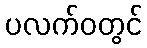
ပလက်ဝတွင်